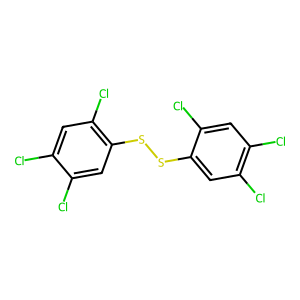
SMILES: Clc1cc(Cl)c(SSc2cc(Cl)c(Cl)cc2Cl)cc1Cl
Inhibits HIV replication: No